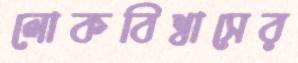
লোকবিশ্বাসের